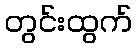
တွင်းထွက်